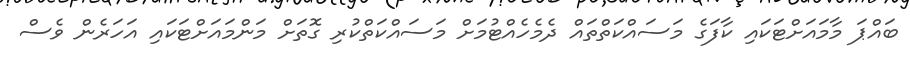
ބައްޕަ މާމައަށްޓަކައި ކާފަގެ މަސައްކަތްތައް ދެމެހެއްޓުމަށް މަސައްކަތްކުރި ގޮތަށް މަންމައަށްޓަކައި އަހަރެން ވެސް